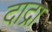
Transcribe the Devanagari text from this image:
दाद्रा